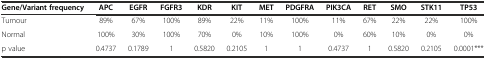
<table><thead><tr><td><b>Gene/Variant frequency</b></td><td><b>APC</b></td><td><b>EGFR</b></td><td><b>FGFR3</b></td><td><b>KDR</b></td><td><b>KIT</b></td><td><b>MET</b></td><td><b>PDGFRA</b></td><td><b>PIK3CA</b></td><td><b>RET</b></td><td><b>SMO</b></td><td><b>STK11</b></td><td><b>TP53</b></td></tr></thead><tbody><tr><td>Tumour</td><td>89%</td><td>67%</td><td>100%</td><td>89%</td><td>22%</td><td>11%</td><td>100%</td><td>11%</td><td>67%</td><td>22%</td><td>22%</td><td>100%</td></tr><tr><td>Normal</td><td>100%</td><td>30%</td><td>100%</td><td>70%</td><td>0%</td><td>10%</td><td>100%</td><td>0%</td><td>60%</td><td>10%</td><td>0%</td><td>0%</td></tr><tr><td>p value</td><td>0.4737</td><td>0.1789</td><td>1</td><td>0.5820</td><td>0.2105</td><td>1</td><td>1</td><td>0.4737</td><td>1</td><td>0.5820</td><td>0.2105</td><td>0.0001***</td></tr></tbody></table>